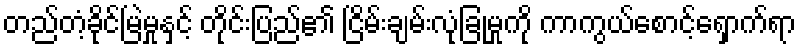
တည်တံ့ခိုင်မြဲမှုနှင့် တိုင်းပြည်၏ ငြိမ်းချမ်းလုံခြုံမှုကို ကာကွယ်စောင့်ရှောက်ရာ